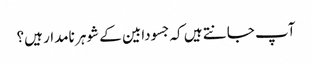
آپ جانتے ہیں کہ جسودابین کے شوہر نامدار ہیں؟